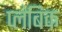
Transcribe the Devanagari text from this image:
प्लंबिक